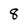
Character: 8